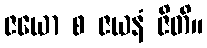
ဇယော စ ဇယနံ ဇိတိ။